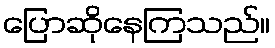
ပြောဆိုနေကြသည်။